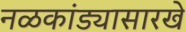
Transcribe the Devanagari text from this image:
नळकांड्यासारखे